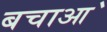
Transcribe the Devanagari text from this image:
बचाआ॓